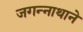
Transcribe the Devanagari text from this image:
जगन्‍नाथाने